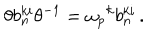
\theta b _ { n } ^ { k i } \theta ^ { - 1 } = { \omega _ { p } } ^ { k } b _ { n } ^ { k i } \, .